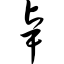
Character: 卓